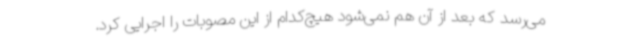
می‌رسد که بعد از آن هم نمی‌شود هیچ‌کدام از این مصوبات را اجرایی کرد.